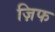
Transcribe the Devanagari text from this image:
ज़िफ